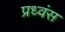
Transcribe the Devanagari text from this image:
प्रध्वंस